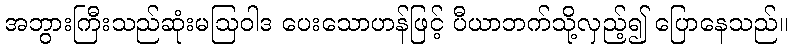
အဘွားကြီးသည်ဆုံးမဩဝါဒ ပေးသောဟန်ဖြင့် ပီယာဘက်သို့လှည့်၍ ပြောနေသည်။